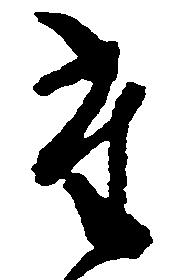
た